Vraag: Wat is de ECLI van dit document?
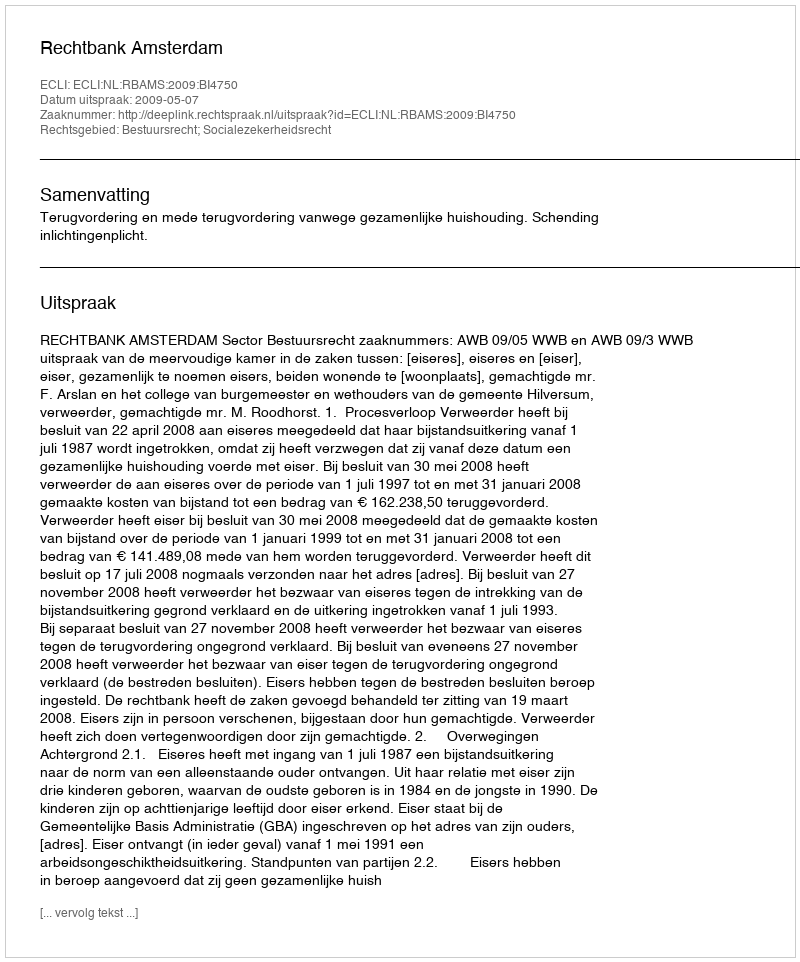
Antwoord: ECLI:NL:RBAMS:2009:BI4750